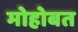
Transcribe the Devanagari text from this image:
मोहोबत